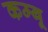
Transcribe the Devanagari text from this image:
कम्बू